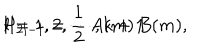
H _ { 2 l - 1 } = \frac { 1 } { 2 } \, A ( m ) \, B ( m ) , \hspace { 1 i n } l = 1 , 2 , \cdots , k + 1